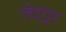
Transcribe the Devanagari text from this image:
ज़ेइग्लर